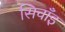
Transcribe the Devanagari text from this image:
सिचाँइ